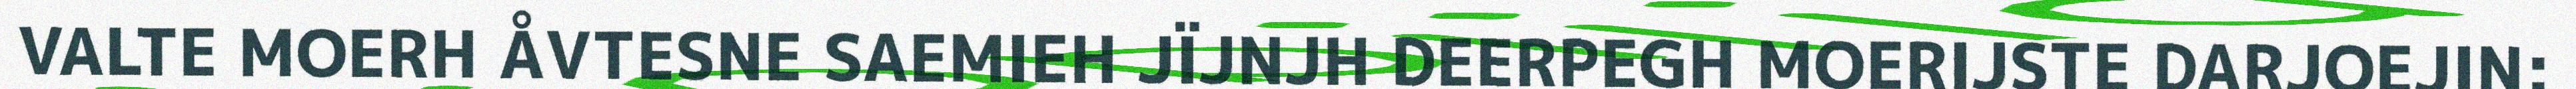
VALTE MOERH ÅVTESNE SAEMIEH JÏJNJH DEERPEGH MOERIJSTE DARJOEJIN: